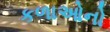
કળાઓનો